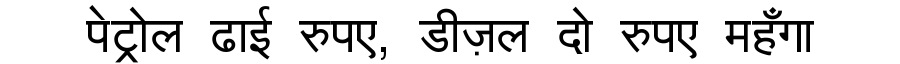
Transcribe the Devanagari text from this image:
पेट्रोल ढाई रुपए, डीज़ल दो रुपए महँगा